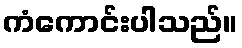
ကံကောင်းပါသည်။